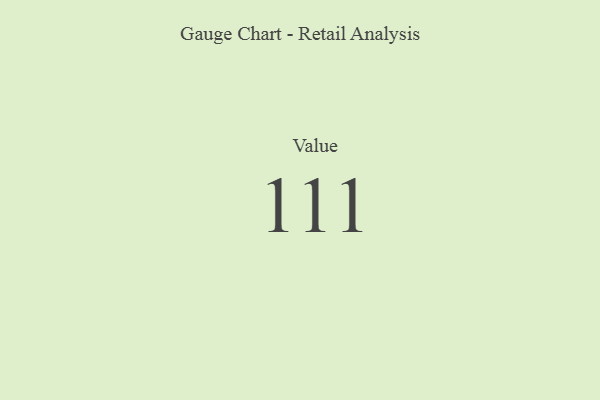
{"axis": {"x": "Metric", "y": "Value"}, "legend": [""], "data": [{"x": "Value", "y": 111, "type": ""}]}